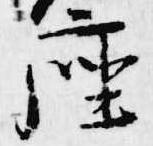
座